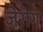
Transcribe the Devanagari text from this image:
जेराग